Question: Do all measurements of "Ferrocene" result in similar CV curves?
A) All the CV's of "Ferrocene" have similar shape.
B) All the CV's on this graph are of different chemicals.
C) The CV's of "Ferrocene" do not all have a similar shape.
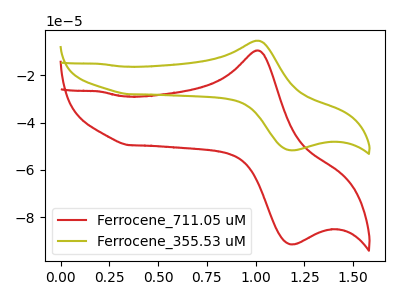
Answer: <think>The red curve "Ferrocene_711.05 uM" has an anodic peak at (1.00V, -9.55uA) and a cathodic peak at (1.20V, -91.40uA). The olive curve "Ferrocene_355.53 uM" has an anodic peak at (1.00V, -5.40uA) and a cathodic peak at (1.20V, -51.70uA).
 All the peaks in "Ferrocene_711.05 uM" have a peak in "Ferrocene_355.53 uM" at the same potential.</think>
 <answer>A) All the CV's of "Ferrocene" have similar shape.</answer>
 <eval>A</eval>